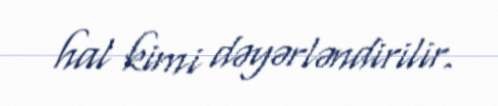
hal kimi dəyərləndirilir.